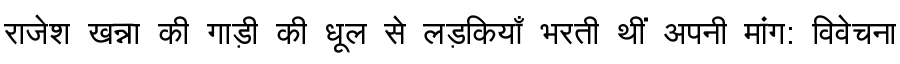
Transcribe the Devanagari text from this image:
राजेश खन्ना की गाड़ी की धूल से लड़कियाँ भरती थीं अपनी मांग: विवेचना